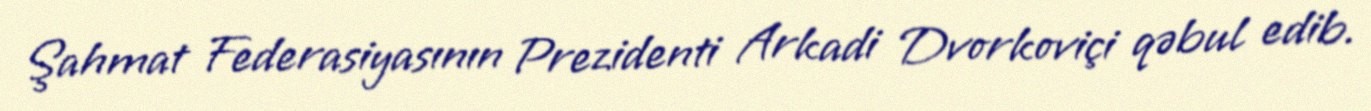
Şahmat Federasiyasının Prezidenti Arkadi Dvorkoviçi qəbul edib.